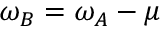
\omega _ { B } = \omega _ { A } - \mu